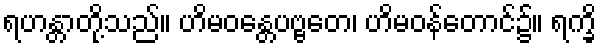
ရဟန္တာတို့သည်။ ဟိမဝန္တေပဗ္ဗတေ၊ ဟိမဝန်တောင်၌။ ရက္ခိ